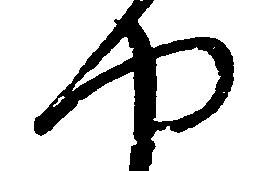
や